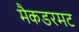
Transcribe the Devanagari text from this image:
मैकडरमट